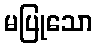
မပြုသော